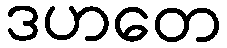
ဒဟတေ